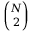
\binom { N } { 2 }